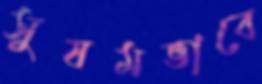
সুষমভাবে